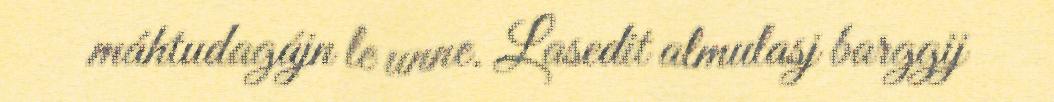
máhtudagájn le unne. Lasedit almulasj barggij